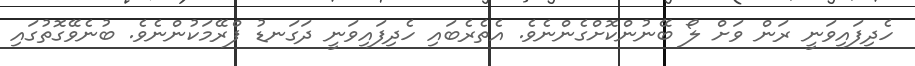
ހެދިފައިވަނީ ރަން ވަށް ލޯ ބޭނުންކޮށްގެންނެވެ. އެތެރެބައި ހެދިފައިވަނީ ދަގަނޑު ފްރޭމަކުންނެވެ. ބުނެވޭގޮތުގައި